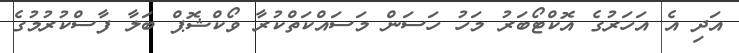
އަދި އެ އަހަރުގެ އޮކްޓޯބަރު މަހު ހަސަން މަސައްކަތްކުރާ ވޯކްޝޮޕް ބަލާ ފާސްކުރުމުގެ